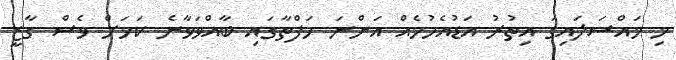
މި މައްސަލައިގަ އިތުރު އަޑުއެހުމެއް އަންނަ ހަފްތާގައި ބާއްވަވާނެ ކަމަށް ވެސް ގާޒީ